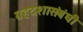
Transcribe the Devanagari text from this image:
ग्रहदशासंबंधी